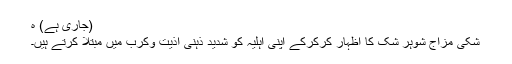
(جاری ہے) ہ
شکی مزاج شوہر شک کا اظہار کرکرکے اپنی اہلیہ کو شدید ذہنی اذیت وکرب میں مبتلا کرتے ہیں۔